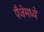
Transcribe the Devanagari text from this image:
पैजेमध्ये